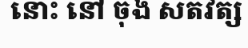
នោះ នៅ ចុង សតវត្ស